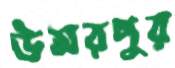
উমরপুর